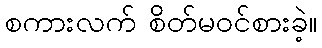
စကားလက် စိတ်မဝင်စားခဲ့။